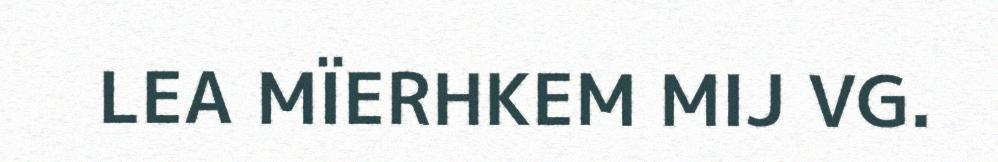
LEA MÏERHKEM MIJ VG.